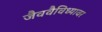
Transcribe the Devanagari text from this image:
जैववैविध्यावर